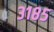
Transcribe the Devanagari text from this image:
३१८५